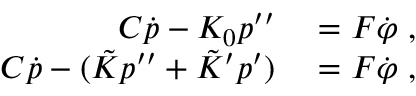
\begin{array} { r l } { C \dot { p } - K _ { 0 } p ^ { \prime \prime } } & { { } = F \dot { \varphi } \; , } \\ { C \dot { p } - ( \tilde { K } p ^ { \prime \prime } + \tilde { K } ^ { \prime } p ^ { \prime } ) } & { { } = F \dot { \varphi } \; , } \end{array}